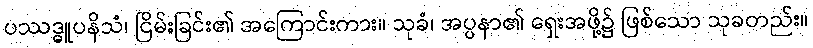
ပဿဒ္ဓူပနိသံ၊ ငြိမ်းခြင်း၏ အကြောင်းကား။ သုခံ၊ အပ္ပနာ၏ ရှေးအဖို့၌ ဖြစ်သော သုခတည်း။